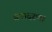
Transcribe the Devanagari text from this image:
समादरण।